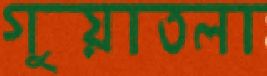
গুয়াতলা